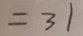
= 3 1